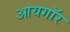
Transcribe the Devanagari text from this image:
आयगॉर